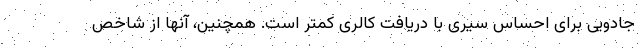
جادویی برای احساس سیری با دریافت کالری کمتر است. همچنین، آنها از شاخص